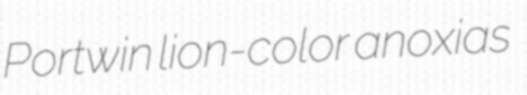
Portwin lion-color anoxias